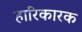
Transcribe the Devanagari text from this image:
हारिकारक